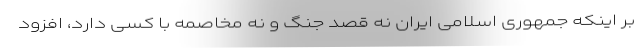
بر اینکه جمهوری اسلامی ایران نه قصد جنگ و نه مخاصمه با کسی دارد، افزود